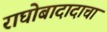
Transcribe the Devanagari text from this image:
राघोबादादाचा